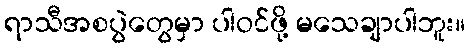
ရာသီအစပွဲတွေမှာ ပါဝင်ဖို့ မသေချာပါဘူး။